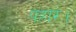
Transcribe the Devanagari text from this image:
पहार।